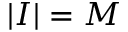
| I | = M